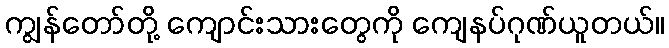
ကျွန်တော်တို့ ကျောင်းသားတွေကို ကျေနပ်ဂုဏ်ယူတယ်။